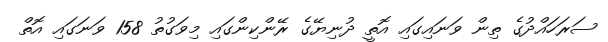
ސަރަހައްދުގެ ތިން ވަނައިގައި އޮތީ ދުނިޔޭގެ ރޭންކިންގައި މިވަގުތު 158 ވަނަގައި އޮތް